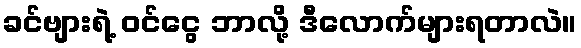
ခင်ဗျားရဲ့ ဝင်ငွေ ဘာလို့ ဒီလောက်များရတာလဲ။